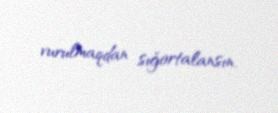
vurulmaqdan sığortalansın.